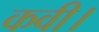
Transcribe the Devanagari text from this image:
कवी।